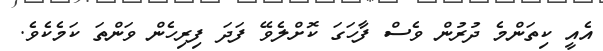
އެއީ ކިތަންމެ ދުރުން ވެސް ފާހަގަ ކޮށްލެވޭ ފަދަ ފިރިހެން ވަންތަ ކަމެކެވެ.